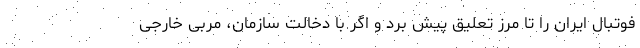
فوتبال ایران را تا مرز تعلیق پیش برد و اگر با دخالت سازمان، مربی خارجی